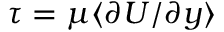
\tau = \mu \langle \partial U / \partial y \rangle